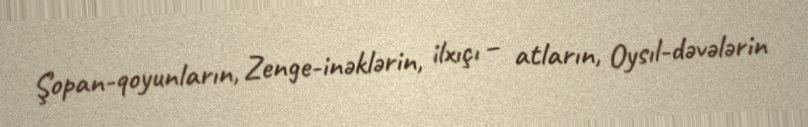
Şopan-qoyunların, Zenge-inəklərin, ilxıçı – atların, Oysıl-dəvələrin